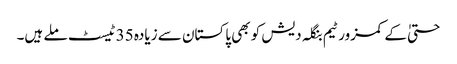
حتیٰ کے کمزور ٹیم بنگلہ دیش کو بھی پاکستان سے زیادہ 35 ٹیسٹ ملے ہیں۔